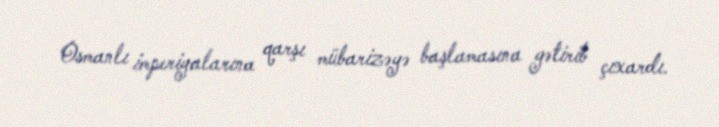
Osmanlı imperiyalarına qarşı mübarizəyə başlamasına gətirib çıxardı.